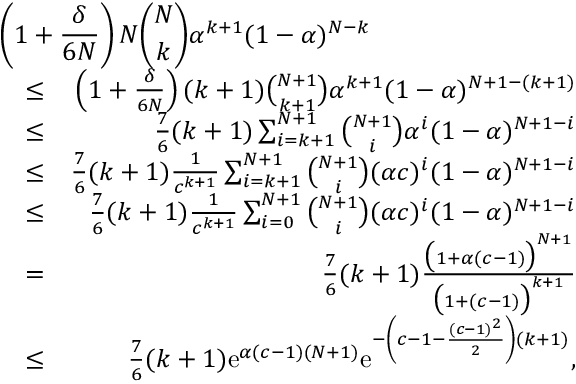
\begin{array} { r l r } { \lefteqn { \left( 1 + \frac { \delta } { 6 N } \right) N { \binom { N } { k } } \alpha ^ { k + 1 } ( 1 - \alpha ) ^ { N - k } } } \\ & { \leq } & { \left( 1 + \frac { \delta } { 6 N } \right) ( k + 1 ) { \binom { N + 1 } { k + 1 } } \alpha ^ { k + 1 } ( 1 - \alpha ) ^ { N + 1 - ( k + 1 ) } } \\ & { \leq } & { \frac { 7 } { 6 } ( k + 1 ) \sum _ { i = k + 1 } ^ { N + 1 } { \binom { N + 1 } { i } } \alpha ^ { i } ( 1 - \alpha ) ^ { N + 1 - i } } \\ & { \leq } & { \frac { 7 } { 6 } ( k + 1 ) \frac { 1 } { c ^ { k + 1 } } \sum _ { i = k + 1 } ^ { N + 1 } { \binom { N + 1 } { i } } ( \alpha c ) ^ { i } ( 1 - \alpha ) ^ { N + 1 - i } } \\ & { \leq } & { \frac { 7 } { 6 } ( k + 1 ) \frac { 1 } { c ^ { k + 1 } } \sum _ { i = 0 } ^ { N + 1 } { \binom { N + 1 } { i } } ( \alpha c ) ^ { i } ( 1 - \alpha ) ^ { N + 1 - i } } \\ & { = } & { \frac { 7 } { 6 } ( k + 1 ) \frac { \big ( 1 + \alpha ( c - 1 ) \big ) ^ { N + 1 } } { \big ( 1 + ( c - 1 ) \big ) ^ { k + 1 } } } \\ & { \leq } & { \frac { 7 } { 6 } ( k + 1 ) \mathrm { e } ^ { \alpha ( c - 1 ) ( N + 1 ) } \mathrm { e } ^ { - \left( c - 1 - \frac { ( c - 1 ) ^ { 2 } } { 2 } \right) ( k + 1 ) } , } \end{array}